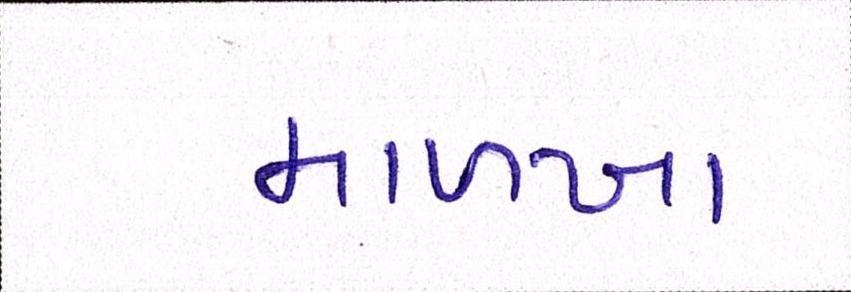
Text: માળખા